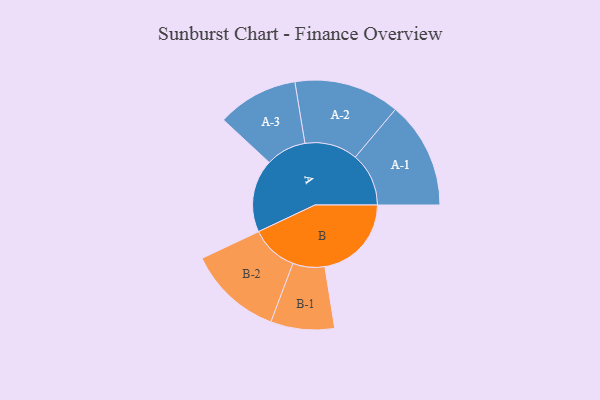
{"axis": {"x": "Segment", "y": "Value"}, "legend": ["", "A", "B"], "data": [{"x": "A", "y": 348, "type": ""}, {"x": "B", "y": 413, "type": ""}, {"x": "A-1", "y": 255, "type": "A"}, {"x": "A-2", "y": 252, "type": "A"}, {"x": "A-3", "y": 193, "type": "A"}, {"x": "B-1", "y": 152, "type": "B"}, {"x": "B-2", "y": 225, "type": "B"}]}